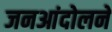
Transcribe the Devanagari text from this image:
जनआंदोलने